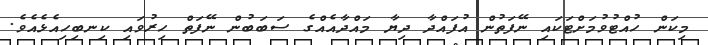
މިކަން ހުއްޓުވުމަށްޓަކައި ނޭފަތުން އުފައްދާ ދިޔާ މައްދާއެއްގެ ސަބަބުން ނޭފަތް ހިރުވައި ކިނބިހިއެޅެއެވެ.